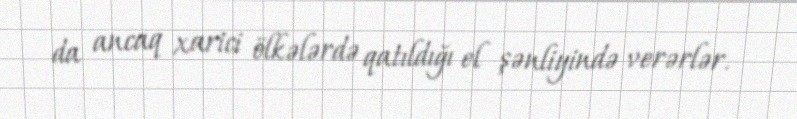
da ancaq xarici ölkələrdə qatıldığı el şənliyində verərlər.